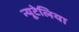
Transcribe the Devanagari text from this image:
न्यूटेलिया